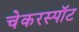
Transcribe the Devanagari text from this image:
चेकरस्पॉट